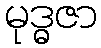
မုဒ္ဓဇာ